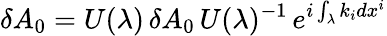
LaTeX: \delta A_{0}=U(\lambda)\, \delta A_{0}\, U(\lambda)^{-1}\, e^{i\int_{\lambda}k_{i}dx^{i}}